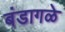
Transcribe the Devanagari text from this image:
बंडागळे